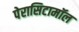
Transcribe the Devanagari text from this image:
पेरासिटामॉल